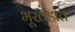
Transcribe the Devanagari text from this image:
भूखंडात